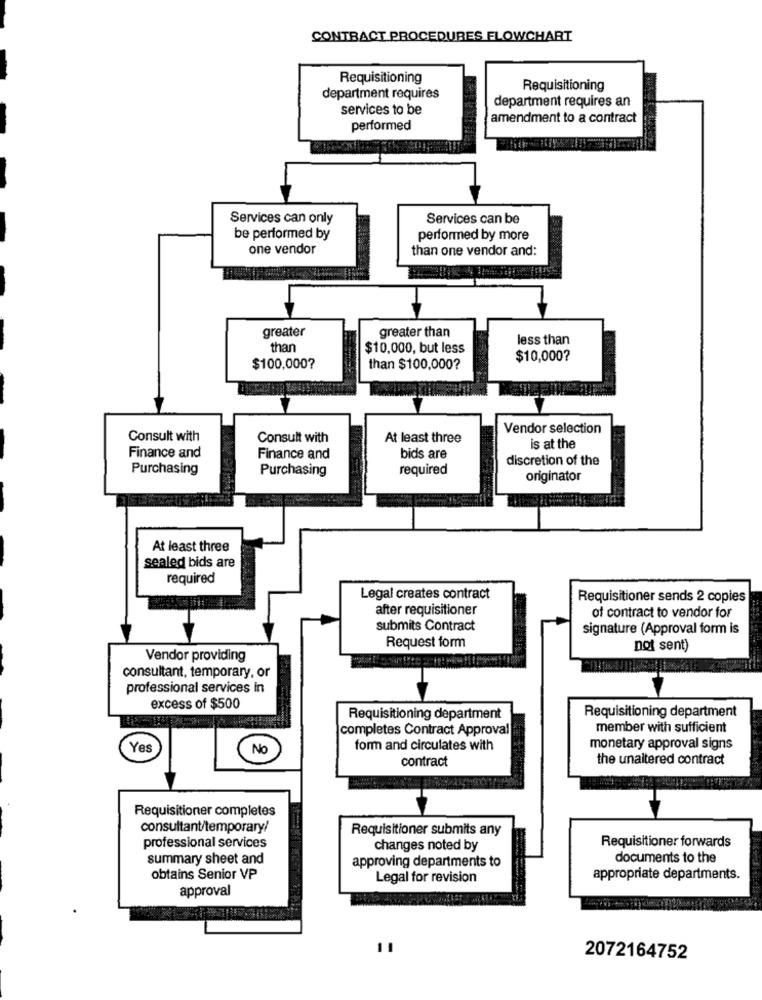
CONTRACT PROCEDURES FLOWCHART
Requisitioning
Requisitioning
department requires
department requires an
services to be
amendment to a contract
performed
Services can only
Services can be
be performed by
performed by more
one vendor
than one vendor and:
greater
greater than
less than
than
$10,000, but less
$10,000?
$100,000?
than $100,000?
Vendor selection
Consult with
Consult with
At least three
is at the
Finance and
Finance and
bids are
discretion of the
Purchasing
Purchasing
required
originator
At least three
sealed bids are
required
Legal creates contract
Requisitioner sends 2 copies
after requisitioner
of contract to vendor for
submits Contract
signature (Approval form is
Request form
not sent)
Vendor providing
consultant, temporary, or
professional services in
excess of $500
Requisitioning department
Requisitioning department
completes Contract Approval
member with sufficient
Yes
No
form and circulates with
monetary approval signs
contract
the unaltered contract
Requisitioner completes
consultant/temporary/
Requisitioner submits any
Requisitioner forwards
professional services
changes noted by
summary sheet and
approving departments to
documents to the
obtains Senior VP
Legal for revision
appropriate departments.
approval
2072164752